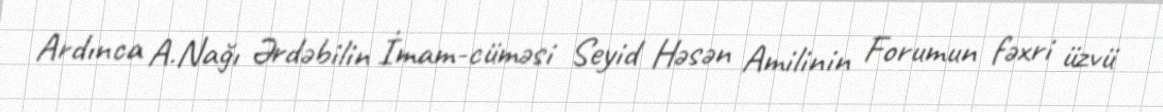
Ardınca A.Nağı Ərdəbilin İmam-cüməsi Seyid Həsən Amilinin Forumun fəxri üzvü